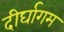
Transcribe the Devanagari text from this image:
दीर्घागम